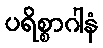
ပရိစ္စာဂါနံ